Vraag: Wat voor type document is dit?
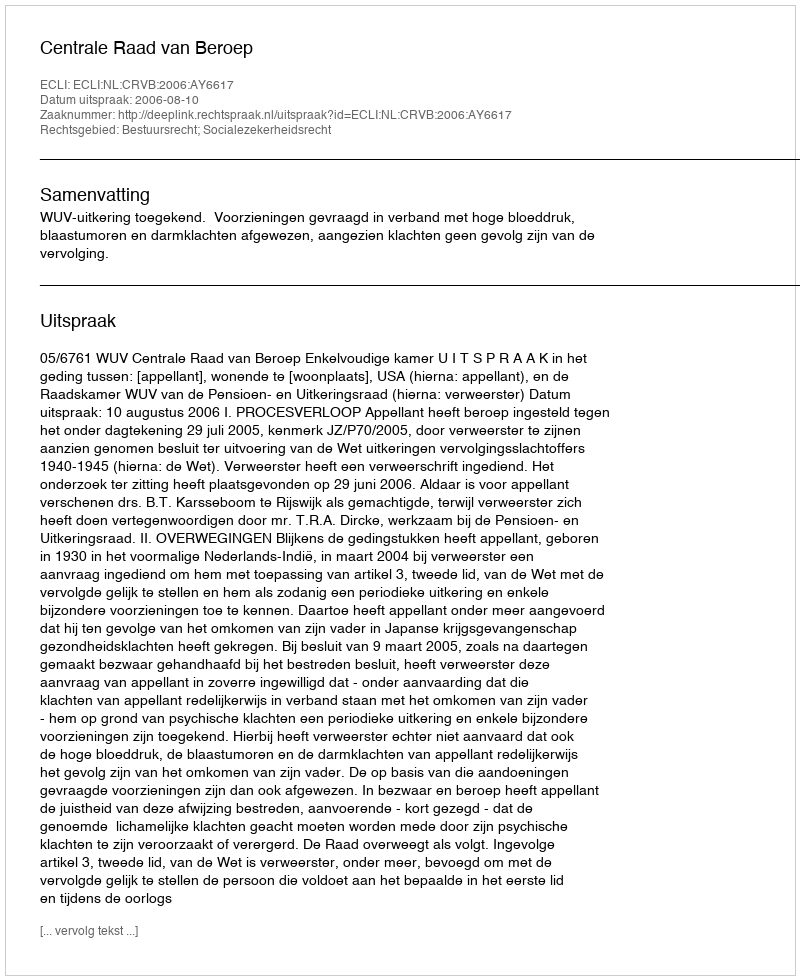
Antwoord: Uitspraak